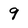
Character: 9